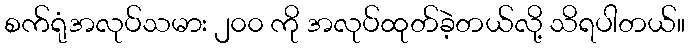
စက်ရုံအလုပ်သမား ၂၀၀ ကို အလုပ်ထုတ်ခဲ့တယ်လို့ သိရပါတယ်။